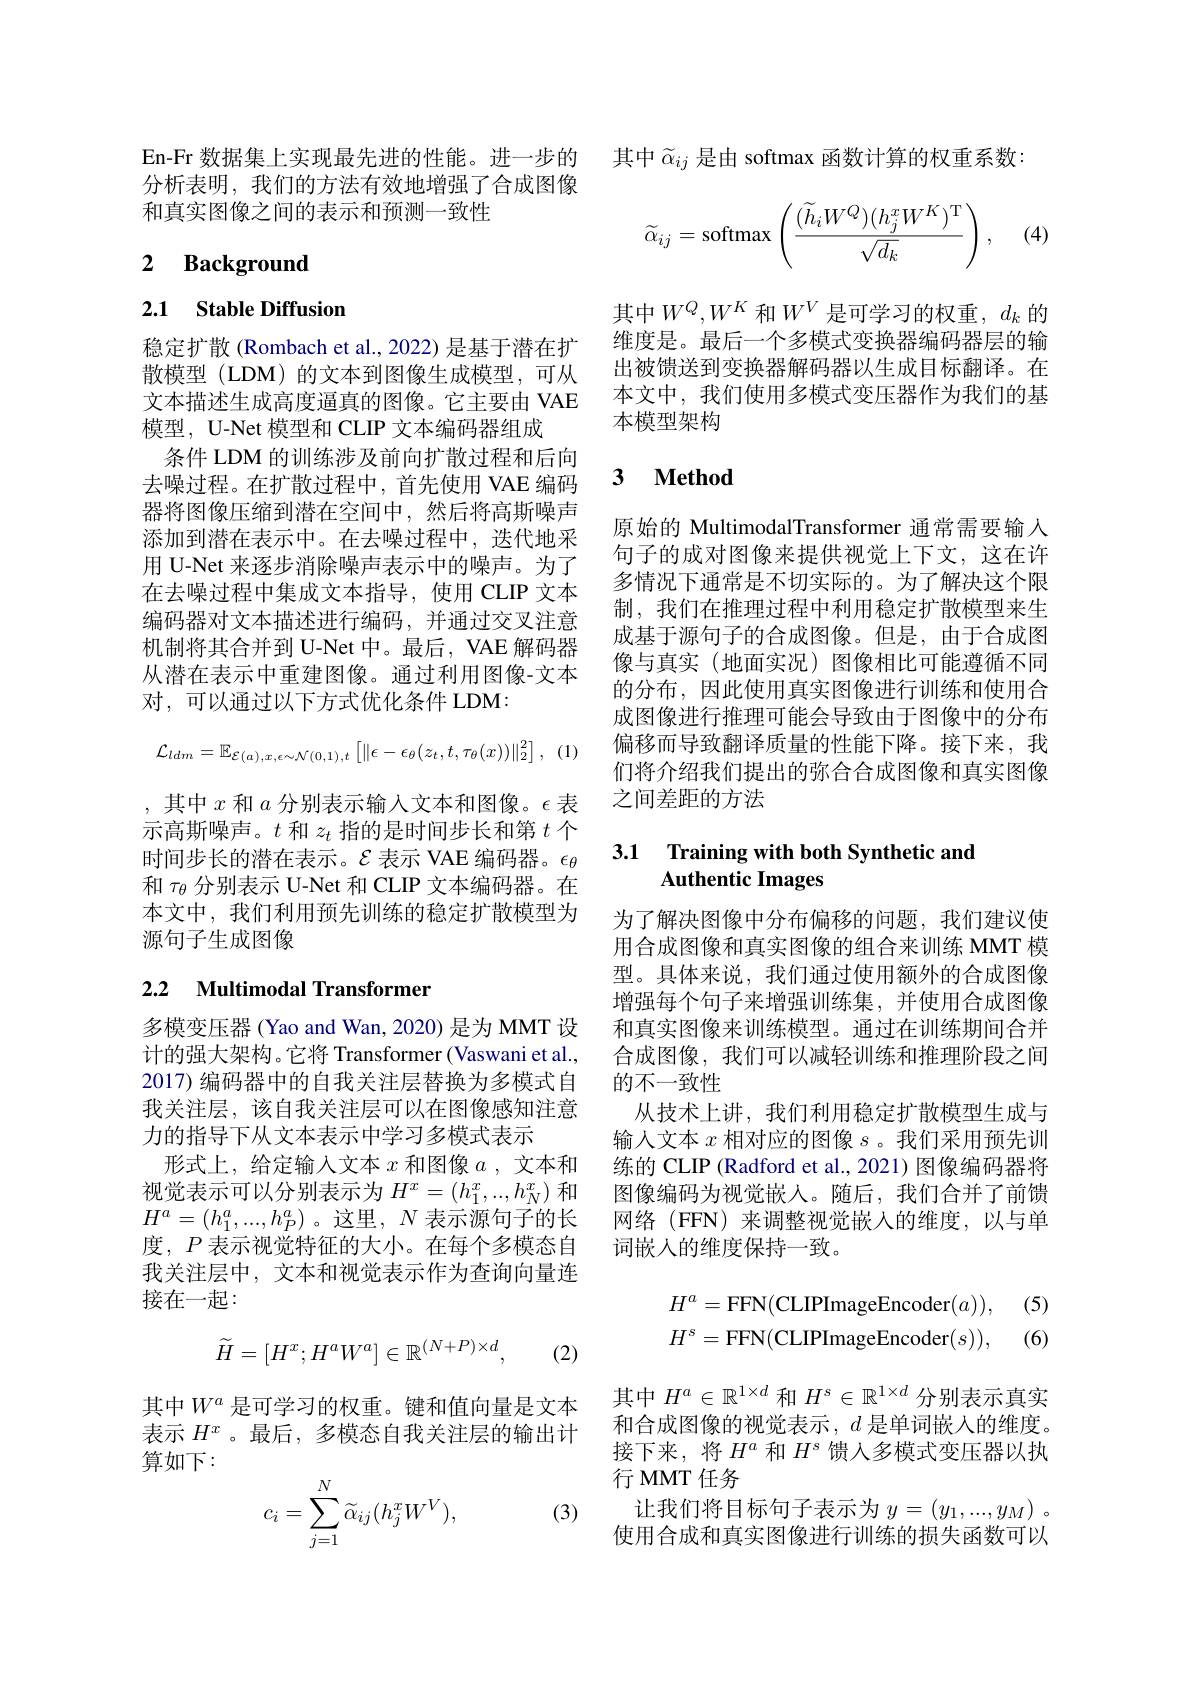
分析表明，我们的方法有效地增强了合成图像
和真实图像之间的表示和预测一致性

## 2 $\textbf{Background}$

## 2.1 Stable Diffusion

稳定扩散(Rombach et al., 2022) 是基于潜在扩散模型 (LDM) 的文本到图像生成模型，可从文本描述生成高度逼真的图像。它主要由 VAE 模型，U-Net 模型和 CLIP 文本编码器组成
条件 LDM 的训练涉及前向扩散过程和后向去噪过程。在扩散过程中，首先使用 VAE 编码器将图像压缩到潜在空间中，然后将高斯噪声添加到潜在表示中。在去噪过程中，迭代地采用 U-Net 来逐步消除噪声表示中的噪声。为了在去噪过程中集成文本指导，使用 CLIP 文本编码器对文本描述进行编码，并通过交叉注意机制将其合并到 U-Net 中。最后，VAE 解码器从潜在表示中重建图像。通过利用图像-文本对，可以通过以下方式优化条件 LDM:
$$\mathcal{L}_{ldm}=\mathbb{E}_{\mathcal{E}(a),x,\epsilon\sim\mathcal{N}(0,1),t}\left[\|\epsilon-\epsilon_{\theta}(z_{t},t,\tau_{\theta}(x))\|_{2}^{2}\right],$$
,其中$x$和$a$分别表示输入文本和图像。$\epsilon$表示高斯噪声。$t$和$z_t$指的是时间步长和第$t$个时间步长的潜在表示。$\mathcal{E}$表示 VAE 编码器。$\epsilon_\theta$ 和$\tau_\mathrm{\theta}$分别表示 U-Net 和 CLIP 文本编码器。在本文中，我们利用预先训练的稳定扩散模型为源句子生成图像

## 2.2 Multimodal Transformer

多模变压器(Yao and Wan, 2020) 是为 MMT 设计的强大架构。它将 Transformer (Vaswani et al., 2017) 编码器中的自我关注层替换为多模式自我关注层，该自我关注层可以在图像感知注意力的指导下从文本表示中学习多模式表示
形式上，给定输入文本$x$和图像$a$ ,文本和视觉表示可以分别表示为$H^x=(h_1^x,..,h_N^x)$和$H^a=(h_1^a,...,h_P^a)$。这里，$N$表示源句子的长度，$P$表示视觉特征的大小。在每个多模态自我关注层中，文本和视觉表示作为查询向量连接在一起：
$$\widetilde{H}=[H^x;H^aW^a]\in\mathbb{R}^{(N+P)\times d},$$
(2)

其中$W^a$ 是可学习的权重。键和值向量是文本表示$H^x$。最后，多模态自我关注层的输出计算如下：
$$c_i=\sum_{j=1}^N\widetilde{\alpha}_{ij}(h_j^xW^V),$$
(3)

En-Fr 数据集上实现最先进的性能。进一步的 其中$\widetilde{\alpha}_{ij}$ 是由 softmax 函数计算的权重系数
$$\widetilde{\alpha}_{ij}=\mathrm{softmax}\left(\frac{(\widetilde{h}_iW^Q)(h_j^xW^K)^\mathrm{T}}{\sqrt{d_k}}\right),$$
(4)

其中$W^Q,W^K$ 和$W^V$ 是可学习的权重，$d_k$ 的维度是。最后一个多模式变换器编码器层的输出被馈送到变换器解码器以生成目标翻译。在本文中，我们使用多模式变压器作为我们的基本模型架构

### $\textbf{3}$ $\textbf{Method}$

原始的 MultimodalTransformer 通常需要输入句子的成对图像来提供视觉上下文，这在许多情况下通常是不切实际的。为了解决这个限制，我们在推理过程中利用稳定扩散模型来生成基于源句子的合成图像。但是，由于合成图像与真实(地面实况)图像相比可能遵循不同的分布，因此使用真实图像进行训练和使用合成图像进行推理可能会导致由于图像中的分布偏移而导致翻译质量的性能下降。接下来，我们将介绍我们提出的弥合合成图像和真实图像之间差距的方法

### 3.1 Training with both Synthetic and Authentic Images

为了解决图像中分布偏移的问题，我们建议使用合成图像和真实图像的组合来训练 MMT 模型。具体来说，我们通过使用额外的合成图像增强每个句子来增强训练集，并使用合成图像和真实图像来训练模型。通过在训练期间合并合成图像，我们可以减轻训练和推理阶段之间的不一致性
从技术上讲，我们利用稳定扩散模型生成与输人文本$x$相对应的图像$s$。我们采用预先训练的 CLIP (Radford et al., 2021) 图像编码器将图像编码为视觉嵌入。随后，我们合并了前馈网络(FFN)来调整视觉嵌入的维度，以与单词嵌人的维度保持一致。

(5
$$H^{a}=\mathrm{FFN}(\mathrm{CLIPImageEncoder}(a)),\\H^{s}=\mathrm{FFN}(\mathrm{CLIPImageEncoder}(s)),$$
(6

其中$H^a\in\mathbb{R}^{1\times d}$和$H^s\in\mathbb{R}^{1\times d}$分别表示真实和合成图像的视觉表示，$d$是单词嵌人的维度。接下来，将$H^a$和$H^s$馈入多模式变压器以执行 MMT 任务
让我们将目标句子表示为$y=(y_1,...,y_M)$ 。使用合成和真实图像进行训练的损失函数可以